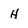
Character: H